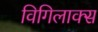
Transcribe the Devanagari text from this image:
विगिलाक्स